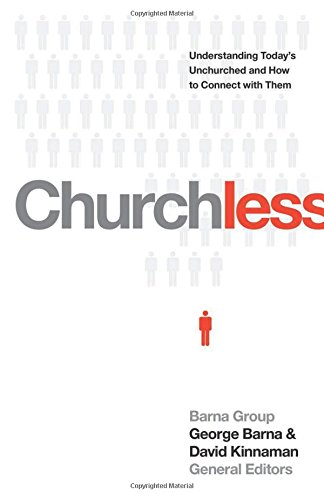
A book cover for Churchless: Understanding Today's Unchurched and How to Connect with Them; Christian Books & Bibles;